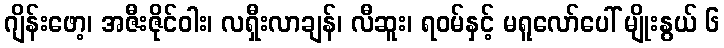
ဂျိန်းဖော့၊ အဇီးဇိုင်ဝါး၊ လရှီးလာချန်၊ လီဆူး၊ ရဝမ်နှင့် မရူလော်ပေါ် မျိုးနွယ် ၆